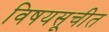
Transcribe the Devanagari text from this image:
विषयसूचीत